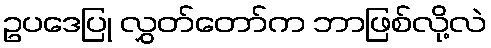
ဥပဒေပြု လွှတ်တော်က ဘာဖြစ်လို့လဲ